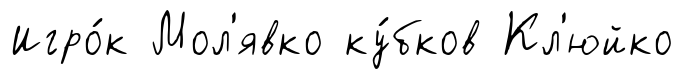
Игро́к Мол'явко ку́бков Кл'юйко